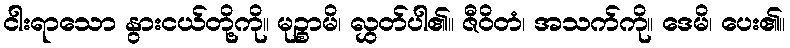
ငါးရာသော နွားငယ်တို့ကို။ မုဉ္စာမိ၊ လွှတ်ပါ၏။ ဇီဝိတံ၊ အသက်ကို။ ဒေမိ၊ ပေး၏။